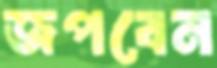
জপবেন